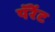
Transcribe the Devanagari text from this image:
पॅरेंट